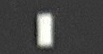
-